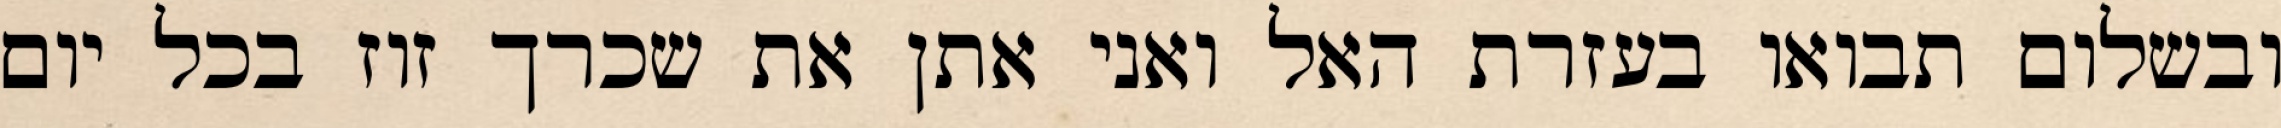
ובשלום תבואו בעזרת האל ואני אתן את שכרך זוז בכל יום